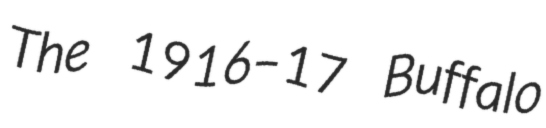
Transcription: The 1916–17 Buffalo